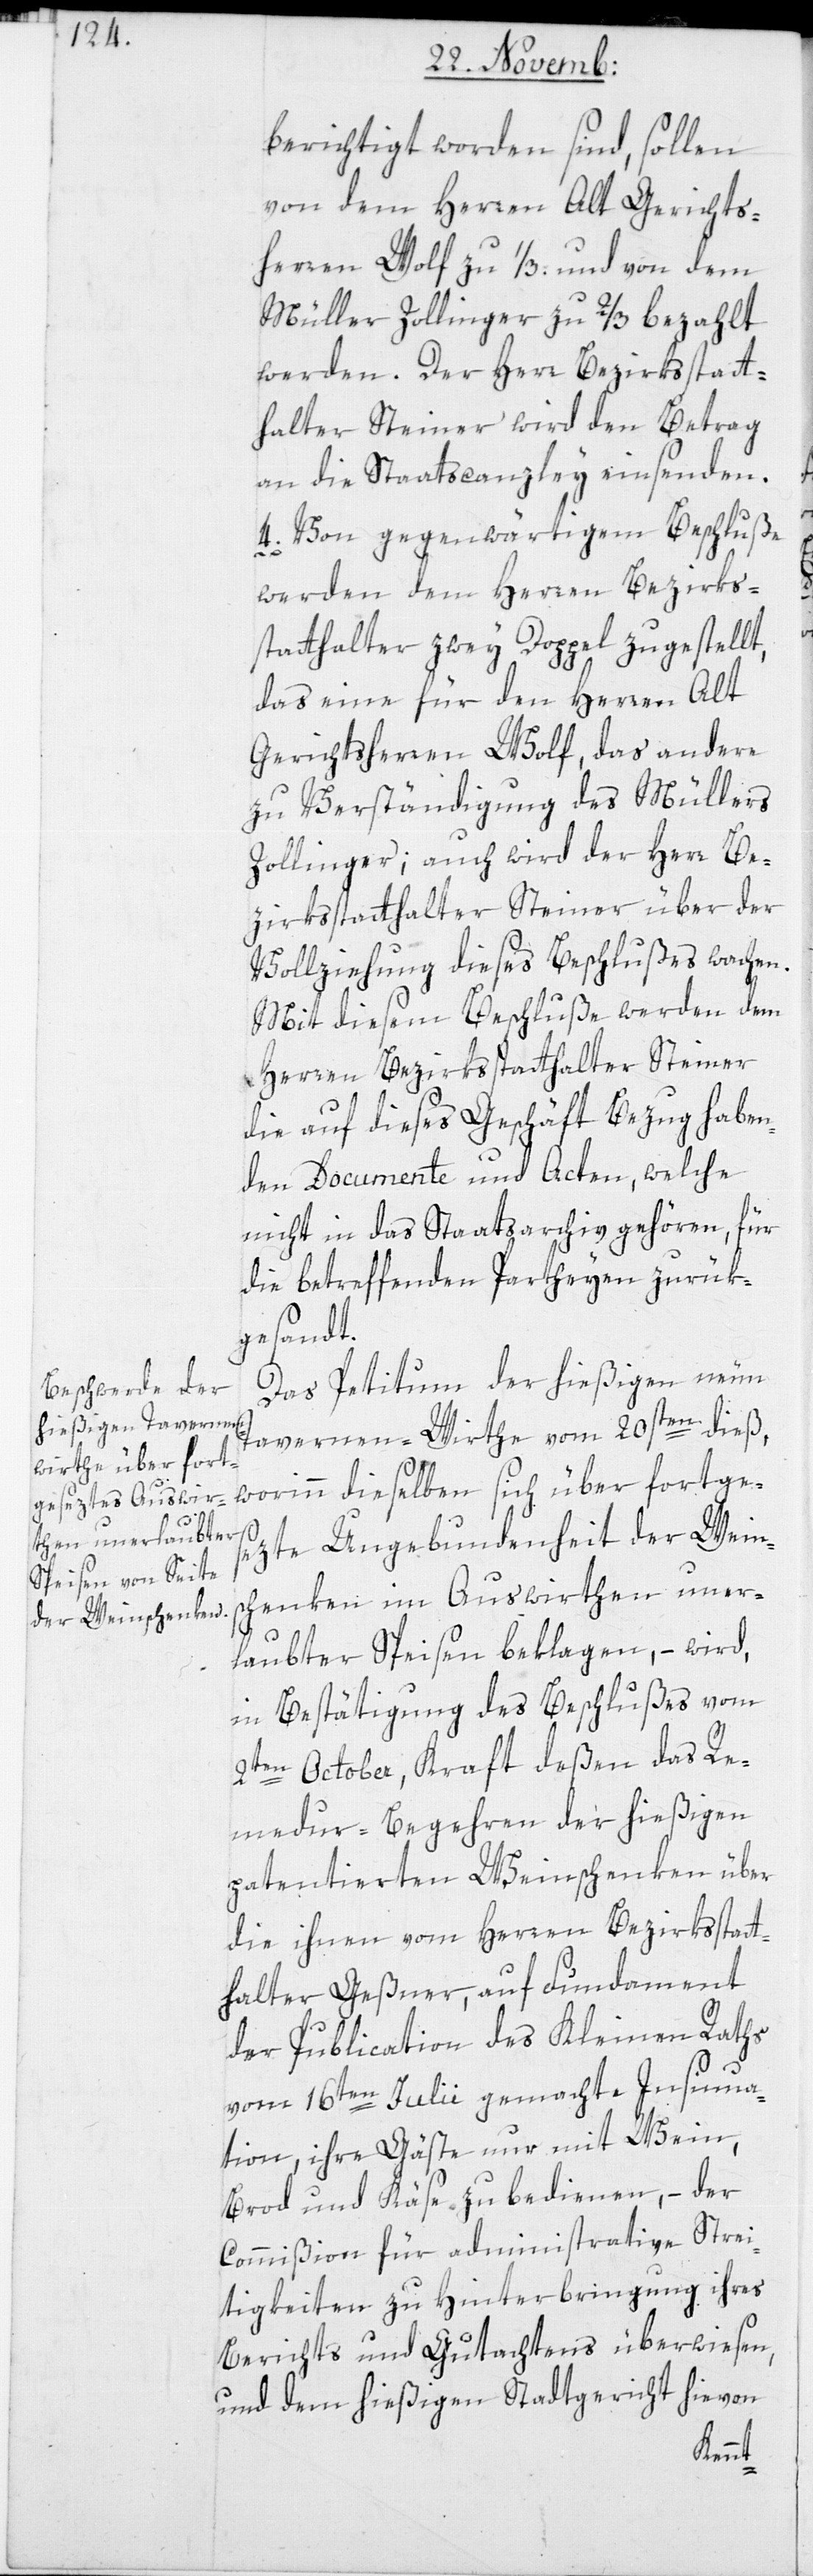
berichtigt worden sind, sollen
von dem Herren Alt-Gerichts¬
herren Wolf zu ¹/3, und von dem
Müller Zollinger zu ²/3 bezahlt
werden. Der Herr Bezirksstatt¬
halter Steiner wird den Betrag
an die Staatscanzley einsenden.
4. Von gegenwärtigem Beschluße
werden dem Herren Bezirks¬
statthalter zwey Doppel zugestellt,
das eine für den Herren Alt
Gerichtsherren Wolf, das andere
zu Verständigung des Müllers
Zollinger; auch wird der Herr Be¬
zirksstatthalter Steiner über der
Vollziehung dieses Beschlußes wachen.
Mit diesem Beschluße werden dem
Herren Bezirksstatthalter Steiner
die auf dieses Geschäft Bezug haben¬
den Documente und Acten, welche
nicht in das Staatsarchiv gehören, für
die betreffenden Partheyen zurük¬
gesandt.
Das Petitum der hießigen neun
Tavernen-Wirthe vom 20sten dieß,
worinn dieselben sich über fortge¬
sezte Ungebundenheit der Wein¬
schenken im Auswirthen uner¬
laubter Speisen beklagen, – wird,
in Bestätigung des Beschlußes vom
2ten October, Kraft deßen das Re¬
medur-Begehren der hießigen
patentierten Weinschenken über
die ihnen vom Herren Bezirksstatt¬
halter Geßner, auf Fundament
der Publication des Kleinen Raths
vom 16ten Julii gemachte Insinua¬
tion, ihre Gäste nur mit Wein,
Brod und Käse zu bedienen, – der
Commißion für administrative Strei¬
tigkeiten zu Hinterbringung ihres
Berichts und Gutachtens überwiesen,
und dem hießigen Stadtgericht hievon